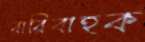
বারিবাহক